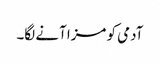
آدمی کو مزا آنے لگا۔